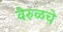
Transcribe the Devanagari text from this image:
वेरुळचे